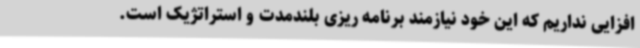
افزایی نداریم که این خود نیازمند برنامه ریزی بلندمدت و استراتژیک است.